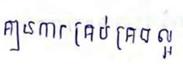
គ្មានការគ្រប់គ្រងល្អ